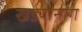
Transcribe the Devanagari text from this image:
खड्यानाग